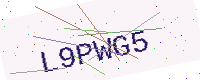
Text: L9PWG5